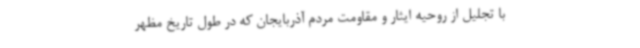
با تجلیل از روحیه ایثار و مقاومت مردم آذربایجان که در طول تاریخ مظهر